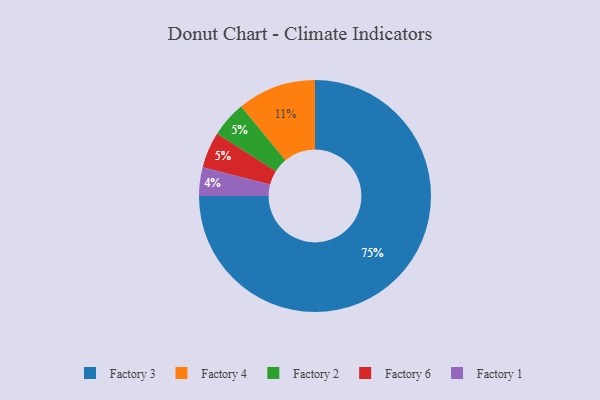
{"axis": {"x": "Category", "y": "Percentage"}, "legend": ["Factory 1", "Factory 2", "Factory 3", "Factory 4", "Factory 6"], "data": [{"x": "Factory 1", "y": 4, "type": "Factory 1"}, {"x": "Factory 4", "y": 11, "type": "Factory 4"}, {"x": "Factory 3", "y": 75, "type": "Factory 3"}, {"x": "Factory 2", "y": 5, "type": "Factory 2"}, {"x": "Factory 6", "y": 5, "type": "Factory 6"}]}